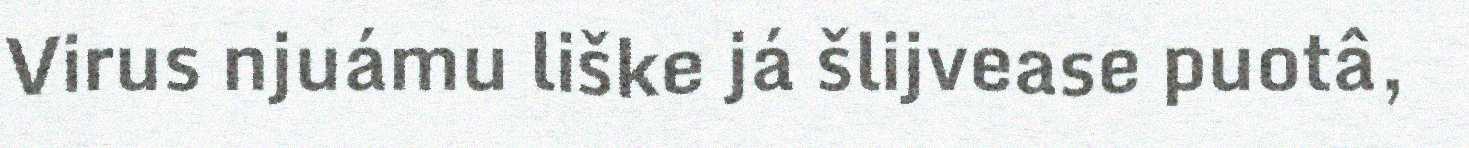
Virus njuámu liške já šlijvease puotâ,